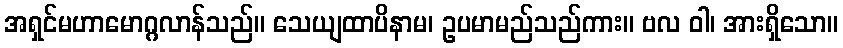
အရှင်မဟာမောဂ္ဂလာန်သည်။ သေယျထာပိနာမ၊ ဥပမာမည်သည်ကား။ ဗလ ဝါ၊ အားရှိသော။